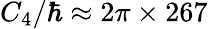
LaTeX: C_{4}/\hbar\approx 2\pi\times 267